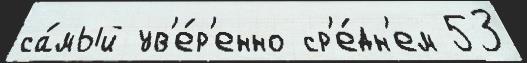
са́мый ув'е́р'енно ср'е́дн'ем 53